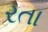
રતા